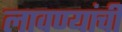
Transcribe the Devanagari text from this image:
लावण्यांची